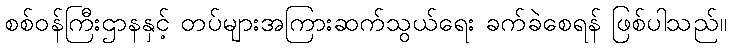
စစ်ဝန်ကြီးဌာနနှင့် တပ်များအကြားဆက်သွယ်ရေး ခက်ခဲစေရန် ဖြစ်ပါသည်။